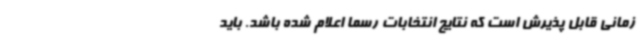
زمانی قابل پذیرش است که نتایج انتخابات رسما اعلام شده باشد. باید